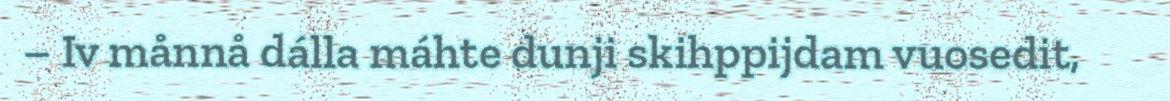
– Iv månnå dálla máhte dunji skihppijdam vuosedit,